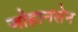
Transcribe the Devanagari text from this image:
जोहानसेन